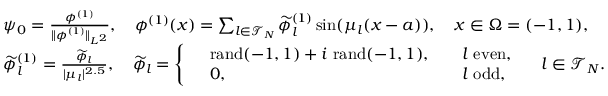
\begin{array} { r l } & { \psi _ { 0 } = \frac { \phi ^ { ( 1 ) } } { \| \phi ^ { ( 1 ) } \| _ { L ^ { 2 } } } , \quad \phi ^ { ( 1 ) } ( x ) = \sum _ { l \in \mathcal { T } _ { N } } \widetilde \phi _ { l } ^ { ( 1 ) } \sin ( \mu _ { l } ( x - a ) ) , \quad x \in \Omega = ( - 1 , 1 ) , } \\ & { \widetilde \phi _ { l } ^ { ( 1 ) } = \frac { \widetilde \phi _ { l } } { | \mu _ { l } | ^ { 2 . 5 } } , \quad \widetilde \phi _ { l } = \left\{ \begin{array} { r l r l } & { \mathrm { r a n d } ( - 1 , 1 ) + i \ \mathrm { r a n d } ( - 1 , 1 ) , } & & { l \mathrm { ~ e v e n } , } \\ & { 0 , } & & { l \mathrm { ~ o d d } , } \end{array} \right. \quad l \in \mathcal { T } _ { N } . } \end{array}